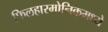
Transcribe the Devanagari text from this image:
फिलहारमोनिकमध्ये